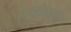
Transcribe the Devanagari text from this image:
पुर्णाकृती